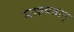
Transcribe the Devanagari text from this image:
माल्यवान्